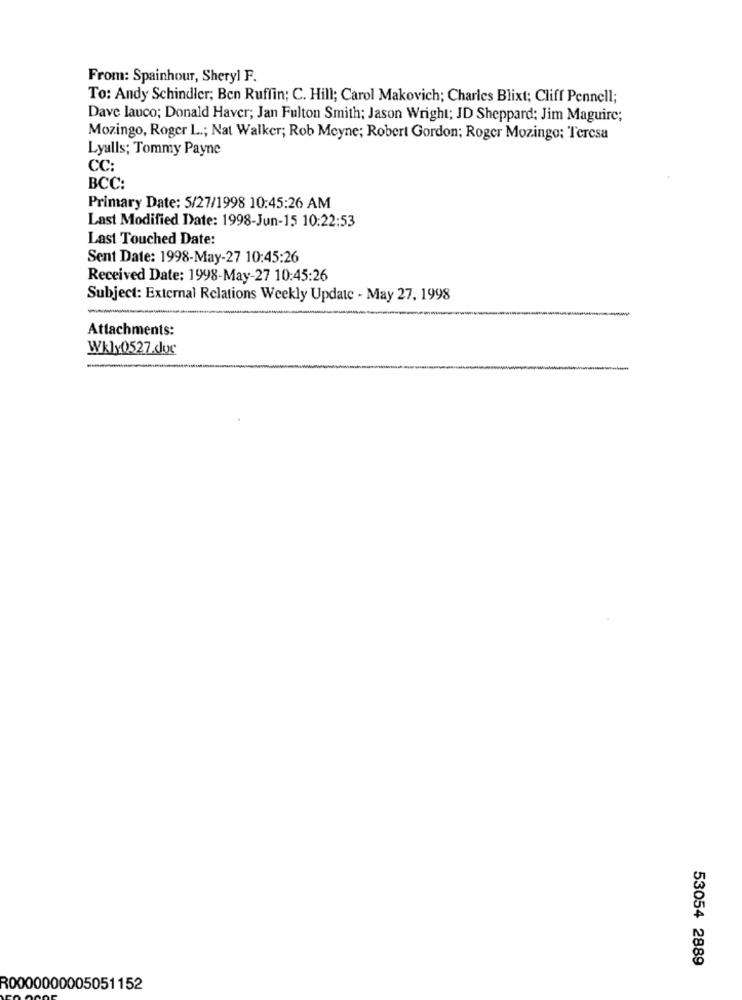
From: Spainhour, Sheryl F.
To: Andy Schindler; Ben Ruffin; C. Hill; Carol Makovich; Charles Blixt; Cliff Pennell;
Dave lauco; Donald Haver; Jan Fulton Smith; Jason Wright; JD Sheppard: Jim Maguire;
Mozingo, Roger L .; Nat Walker; Rob Meyne; Robert Gordon; Roger Mozingo; Teresa
Lyalls; Tommy Payne
CC:
BCC:
Primary Date: 5/27/1998 10:45:26 AM
Last Modified Date: 1998-Jun-15 10:22:53
Last Touched Date:
Sent Date: 1998-May-27 10:45:26
Received Date: 1998-May-27 10:45:26
Subject: External Relations Weekly Update - May 27, 1998
Attachments:
Wkly0527.doc
53054 2889
R0000000005051152